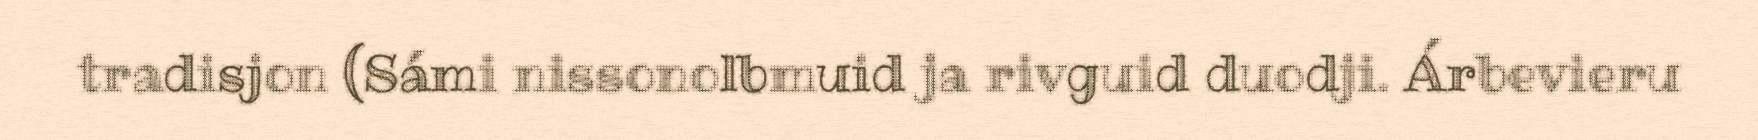
tradisjon (Sámi nissonolbmuid ja rivguid duodji. Árbevieru